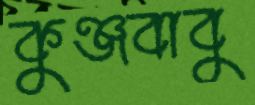
কুঞ্জবাবু